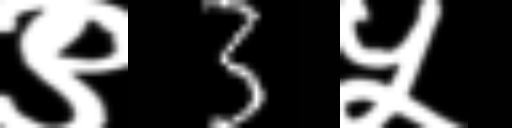
Text: ९3५